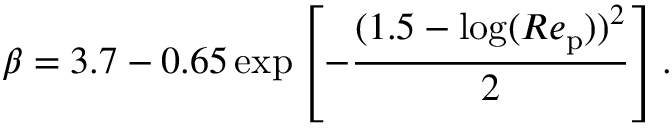
{ \beta } = 3 . 7 - 0 . 6 5 \exp \left[ - \frac { ( 1 . 5 - \log ( R e _ { \mathrm { p } } ) ) ^ { 2 } } { 2 } \right] .